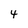
Character: 4